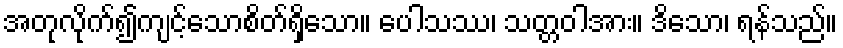
အတုလိုက်၍ကျင့်သောစိတ်ရှိသော။ ပေါသဿ၊ သတ္တဝါအား။ ဒိသော၊ ရန်သည်။